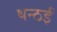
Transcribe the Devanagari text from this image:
थन्ठई